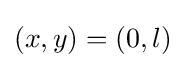
(x,y)=(0,l)